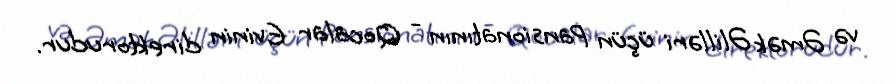
və Əmək Əlilləri üçün Pansionatının - Qocalar Evinin direktorudur.